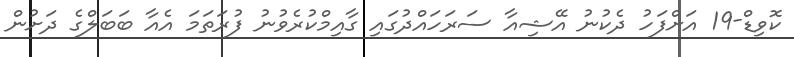
ކޮވިޑް-19 އަށްފަހު ދެކުނު އޭޝިއާ ސަރަހައްދުގައި ގާއިމްކުރެވުނު ފުރަތަމަ އެއާ ބަބަލްގެ ދަށުން